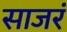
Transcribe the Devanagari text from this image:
साजरं